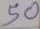
50